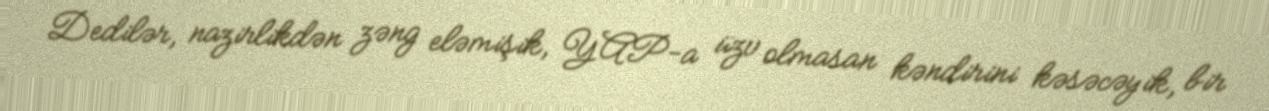
Dedilər, nazirlikdən zəng eləmişik, YAP-a üzv olmasan kəndirini kəsəcəyik, bir